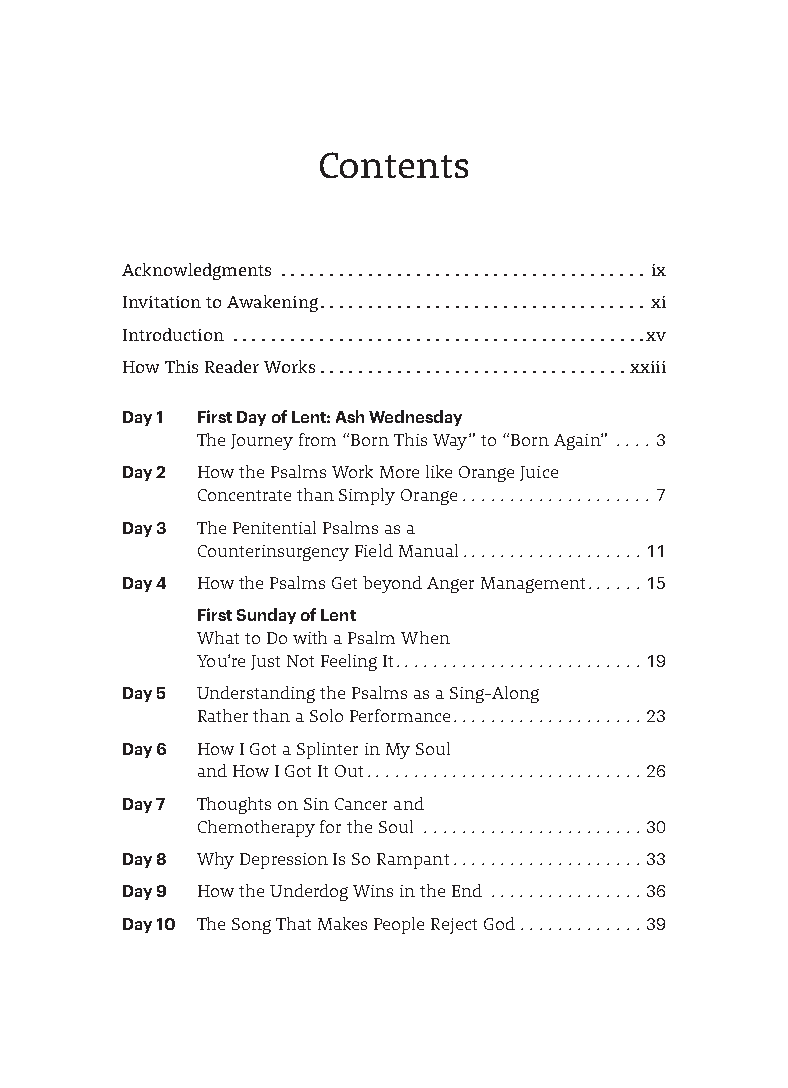
Contents
 Acknowledgments  . . . . . . . . . . . . . . . . . . . . . . . . . . . . . . . . . . . . . . ix
 Invitation to Awakening . . . . . . . . . . . . . . . . . . . . . . . . . . . . . . . . . . xi
 Introduction  . . . . . . . . . . . . . . . . . . . . . . . . . . . . . . . . . . . . . . . . . . . xv
 How This Reader Works . . . . . . . . . . . . . . . . . . . . . . . . . . . . . . . .xxiii
 Day 1 First Day of Lent: Ash Wednesday
 The Journey from “Born This Way” to “Born Again” ....3
 Day 2 How the Psalms Work More like Orange Juice
 Concentrate than Simply Orange ....................7
 Day 3 The Penitential Psalms as a
 Counterinsurgency Field Manual...................11
 Day 4 How the Psalms Get beyond Anger Management......15
 First Sunday of Lent
 What to Do with a Psalm When
 You’re Just Not Feeling It..........................19
 Day 5 Understanding the Psalms as a Sing-Along
 Rather than a Solo Performance....................23
 Day 6 How I Got a Splinter in My Soul
 and How I Got It Out.............................26
 Day 7 Thoughts on Sin Cancer and
 Chemotherapy for the Soul .......................30
 Day 8 Why Depression Is So Rampant....................33
 Day 9 How the Underdog Wins in the End ................36
 Day 10 The Song That Makes People Reject God .............39